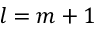
l = m + 1